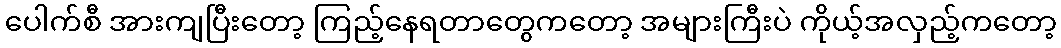
ပေါက်စီ အားကျပြီးတော့ ကြည့်နေရတာတွေကတော့ အများကြီးပဲ ကိုယ့်အလှည့်ကတော့